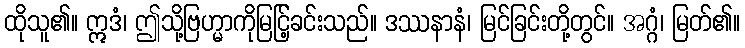
ထိုသူ၏။ ဣဒံ၊ ဤသို့ဗြဟ္မာကိုမြင်ြ့ခင်းသည်။ ဒဿနာနံ၊ မြင်ခြင်းတို့တွင်။ အဂ္ဂံ၊ မြတ်၏။